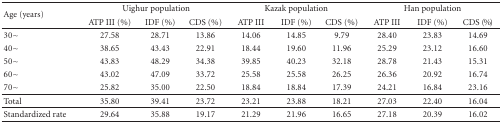
<table><thead><tr><td rowspan="2"><b>Age (years)</b></td><td colspan="3"><b>Uighur population</b></td><td colspan="3"><b>Kazak population</b></td><td colspan="3"><b>Han population</b></td></tr><tr><td><b>ATP III (%)</b></td><td><b>IDF (%)</b></td><td><b>CDS (%)</b></td><td><b>ATP III</b></td><td><b>IDF (%)</b></td><td><b>CDS (%)</b></td><td><b>ATP III</b></td><td><b>IDF (%)</b></td><td><b>CDS (%)</b></td></tr></thead><tbody><tr><td>30~</td><td>27.58</td><td>28.71</td><td>13.86</td><td>14.06</td><td>14.85</td><td>9.79</td><td>28.40</td><td>23.83</td><td>14.69</td></tr><tr><td>40~</td><td>38.65</td><td>43.43</td><td>22.91</td><td>18.44</td><td>19.60</td><td>11.96</td><td>25.29</td><td>23.12</td><td>16.60</td></tr><tr><td>50~</td><td>43.83</td><td>48.29</td><td>34.38</td><td>39.85</td><td>40.23</td><td>32.18</td><td>28.78</td><td>21.43</td><td>15.31</td></tr><tr><td>60~</td><td>43.02</td><td>47.09</td><td>33.72</td><td>25.58</td><td>25.58</td><td>26.25</td><td>26.36</td><td>20.92</td><td>16.74</td></tr><tr><td>70~</td><td>25.82</td><td>35.00</td><td>22.50</td><td>18.84</td><td>18.84</td><td>17.39</td><td>24.21</td><td>16.84</td><td>23.16</td></tr><tr><td>Total</td><td>35.80</td><td>39.41</td><td>23.72</td><td>23.21</td><td>23.88</td><td>18.21</td><td>27.03</td><td>22.40</td><td>16.04</td></tr><tr><td>Standardized rate</td><td>29.64</td><td>35.88</td><td>19.17</td><td>21.29</td><td>21.96</td><td>16.65</td><td>27.18</td><td>20.39</td><td>16.02</td></tr></tbody></table>